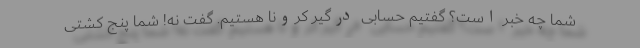
شما چه خبر است؟ گفتیم حسابی درگیر کرونا هستیم. گفت نه! شما پنج کشتی